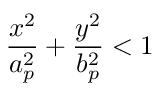
\frac { x ^ { 2 } } { a _ { p } ^ { 2 } } + \frac { y ^ { 2 } } { b _ { p } ^ { 2 } } < 1